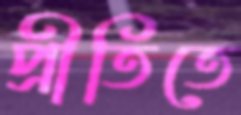
প্রীতিতে